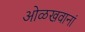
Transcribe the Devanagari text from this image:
ओळखवानां